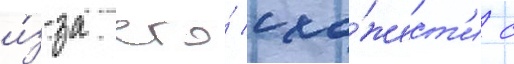
и́з-за его́ схо́жест'и с